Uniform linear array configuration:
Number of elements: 12
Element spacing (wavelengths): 1
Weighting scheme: hamming
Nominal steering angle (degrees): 30
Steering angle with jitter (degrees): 28.386
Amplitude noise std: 0.05
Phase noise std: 0.05

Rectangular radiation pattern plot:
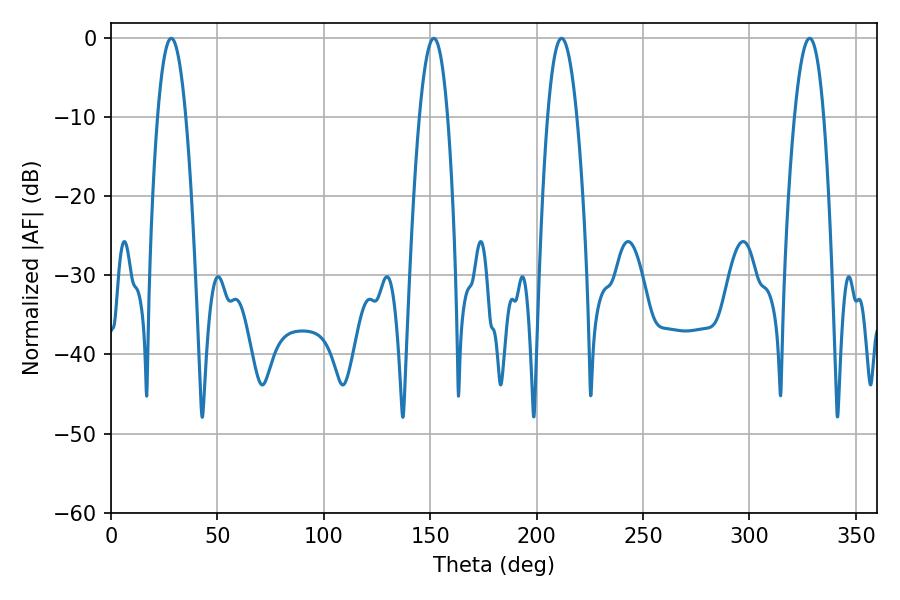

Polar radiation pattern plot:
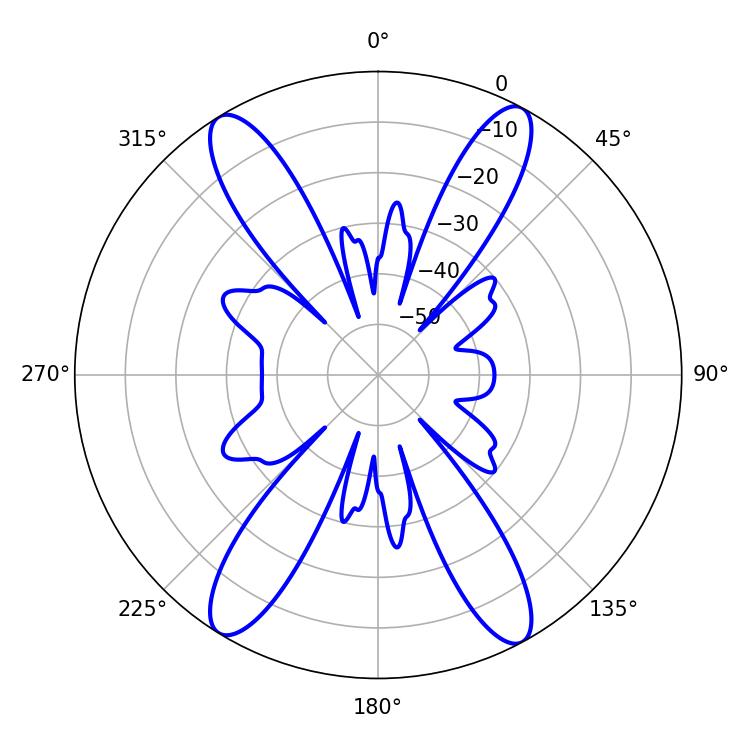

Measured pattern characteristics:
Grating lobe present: TRUE
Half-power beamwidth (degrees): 7.56
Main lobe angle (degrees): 211.68